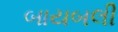
બાયબલી